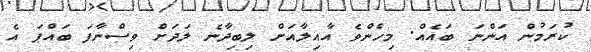
ކުރަމުން އަންނަ ބައެއް. މިހެންވެ އާއިލާއަށް ލިބިދާނެ ލަދަށް ވިސްނާފަ ބައްޕަ އެ